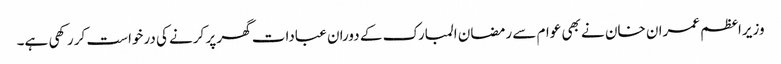
وزیراعظم عمران خان نے بھی عوام سے رمضان المبارک کے دوران عبادات گھر پر کرنے کی درخواست کر رکھی ہے۔